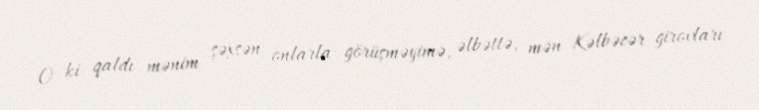
O ki qaldı mənim şəxsən onlarla görüşməyimə, əlbəttə, mən Kəlbəcər girovları